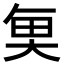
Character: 𮫮